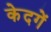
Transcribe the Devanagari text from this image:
केदगें